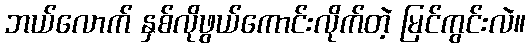
ဘယ်လောက် နှစ်လိုဖွယ်ကောင်းလိုက်တဲ့ မြင်ကွင်းလဲ။